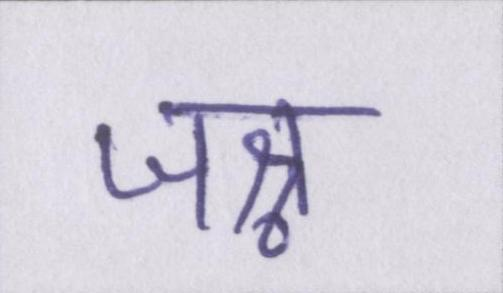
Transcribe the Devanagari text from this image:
जश्न